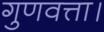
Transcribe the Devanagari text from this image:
गुणवत्ता।